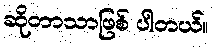
ဆိုတာသာဖြစ် ပါတယ်။